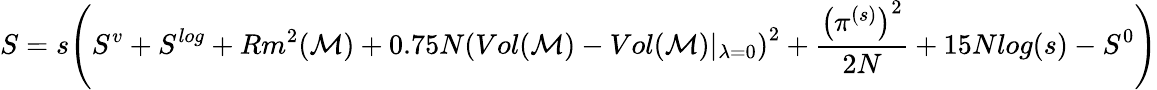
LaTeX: S=s\Bigg(S^{v}+S^{log}+Rm^{2}(\mathcal{M})+0.75N\left(Vol(\mathcal{M})-Vol(\mathcal{M})\vert_{\lambda=0}\right)^{2}+\frac{\left(\pi^{(s)}\right)^{2}}{2N}+15Nlog(s)-S^{0}\Bigg)